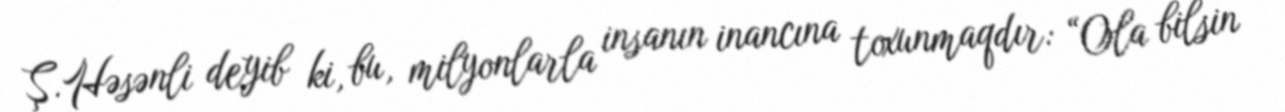
Ş.Həsənli deyib ki, bu, milyonlarla insanın inancına toxunmaqdır: “Ola bilsin